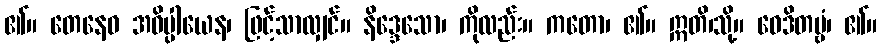
၏။ တေနေဝ အဓိပ္ပါယေန၊ ဖြင့်သာလျှင်။ နိဒ္ဒေသော၊ ကိုလည်း။ ကတော၊ ၏။ ဣတိ၊သို့။ ဝေဒိတဗ္ဗံ၊ ၏။